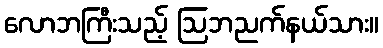
လောဘကြီးသည့် ဩဘညက်နယ်သား။